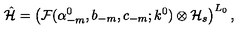
\hat { \cal H } = \left( { \cal F } ( \alpha _ { - m } ^ { 0 } , b _ { - m } , c _ { - m } ; k ^ { 0 } ) \otimes { \cal H } _ { s } \right) ^ { L _ { 0 } } ,